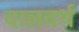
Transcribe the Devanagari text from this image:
वालवर्थ